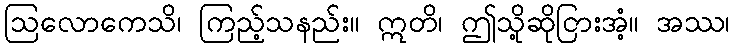
ဩလောကေသိ၊ ကြည့်သနည်း။ ဣတိ၊ ဤသို့ဆိုငြားအံ့။ အဿ၊